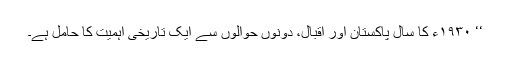
‘‘ ١٩٣٠ء کا سال پاکستان اور اقبال، دونوں حوالوں سے ایک تاریخی اہمیت کا حامل ہے۔